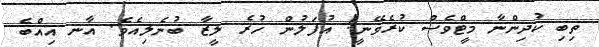
ތިބި ކުދިންނާ މީޓްވެސް ކުރެވޭނީ! އުފަލުން ހުރެ ލީޒާ ބުނެލިއެވެ. އާނ އިއްބެ